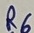
Text: R6